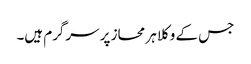
جس کے وکلا ہر محاز پر سرگرم ہیں۔